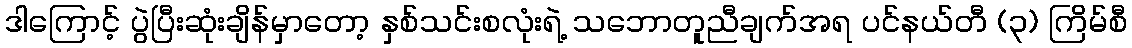
ဒါကြောင့် ပွဲပြီးဆုံးချိန်မှာတော့ နှစ်သင်းစလုံးရဲ့ သဘောတူညီချက်အရ ပင်နယ်တီ (၃) ကြိမ်စီ